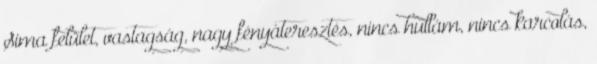
Sima felület, vastagság, nagy fényáteresztés, nincs hullám, nincs karcolás,